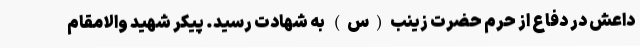
داعش در دفاع از حرم حضرت زینب(س) به شهادت رسید. ‌پیکر شهید والامقام